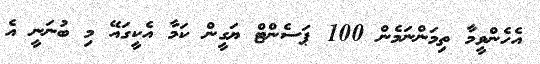
އެހެންވީމާ ތިމަންނަމެން 100 ޕަސެންޓް ޔަގީން ކަމާ އެކީގައޭ މި ބުނަނީ އެ